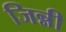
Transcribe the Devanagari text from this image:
जिन्नी